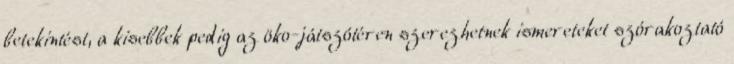
betekintést, a kisebbek pedig az öko-játszótéren szerezhetnek ismereteket szórakoztató